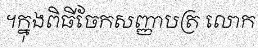
។ក្នុងពិធីចែកសញ្ញាបត្រ លោក